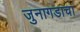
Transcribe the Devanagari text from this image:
जुनागडाचा